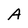
Character: A